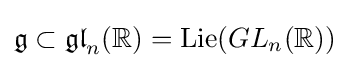
{\mathfrak {g}}\subset {\mathfrak {gl}}_{n}(\mathbb {R} )=\operatorname {Lie} (GL_{n}(\mathbb {R} ))